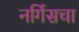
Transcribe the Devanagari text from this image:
नर्गिसचा